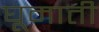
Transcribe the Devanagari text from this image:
घूमाती